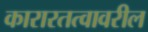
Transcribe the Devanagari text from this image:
कारारतत्वावरील